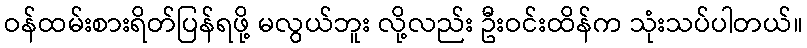
ဝန်ထမ်းစားရိတ်ပြန်ရဖို့ မလွယ်ဘူး လို့လည်း ဦးဝင်းထိန်က သုံးသပ်ပါတယ်။